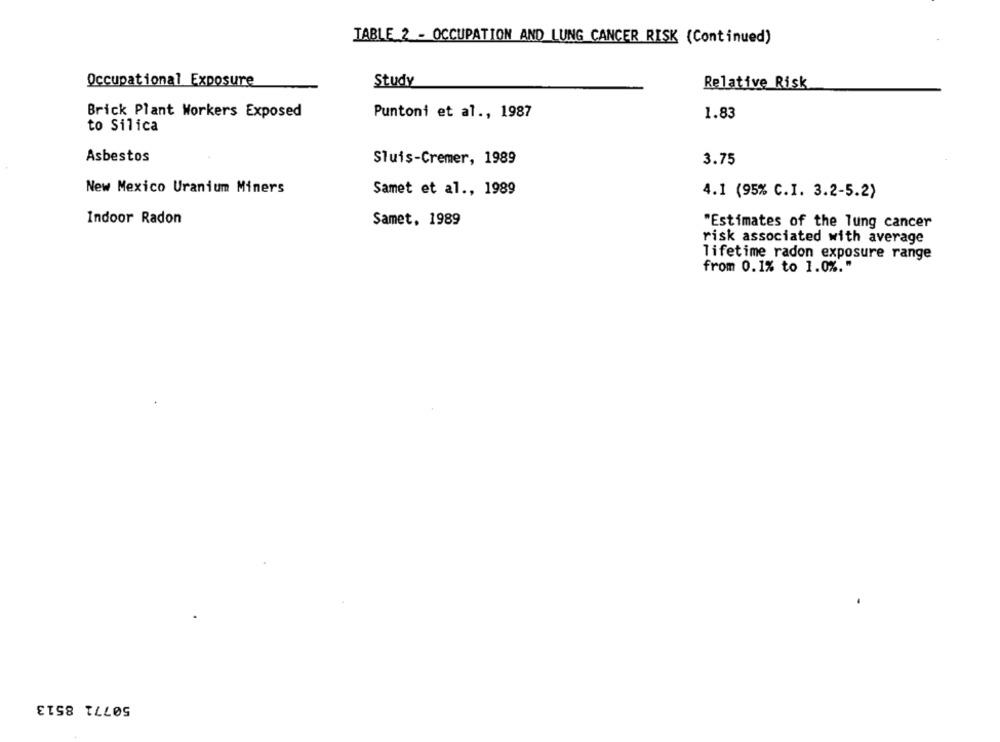
TABLE 2 - OCCUPATION AND LUNG CANCER RISK (Continued)
Occupational Exposure
Study
Relative Risk
Brick Plant Workers Exposed
Puntoni et al ., 1987
1.83
to Silica
Asbestos
Sluis-Cremer, 1989
3.75
New Mexico Uranium Miners
Samet et al ., 1989
4.1 (95% C.I. 3.2-5.2)
Indoor Radon
Samet, 1989
"Estimates of the lung cancer
risk associated with average
lifetime radon exposure range
from 0.1% to 1.0%."
50771 8513